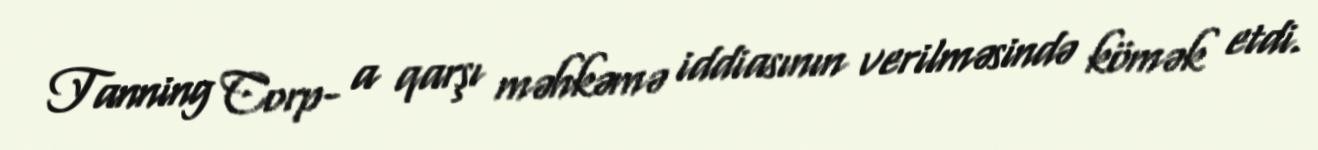
Tanning Corp- a qarşı məhkəmə iddiasının verilməsində kömək etdi.